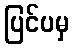
ပြင်ပမှ